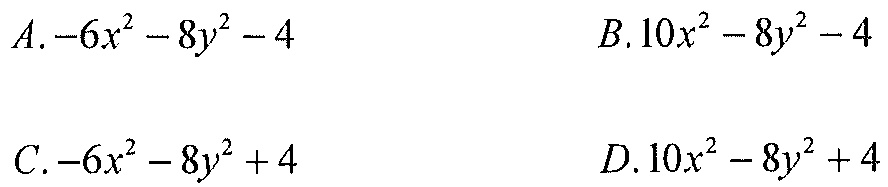
\(A. -6x^{2}-8y^{2}-4\)

\(B. 10x^{2}-8y^{2}-4\)

\(C. -6x^{2}-8y^{2}+4\)

\(D. 10x^{2}-8y^{2}+4\)